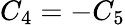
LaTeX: C_{4}=-C_{5}